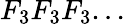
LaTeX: F_{3}F_{3}F_{3}...